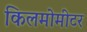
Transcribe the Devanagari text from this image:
किलमोमीटर